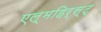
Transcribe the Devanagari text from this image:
एल्महिर्स्ट्